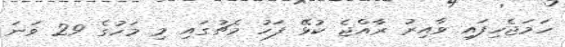
ހަމަޖެހިފައި ވާއިރު ރާއްޖެ ކުޅޭ ފަހު މެޗުގައި މި މަހުގެ 29 ވަނަ